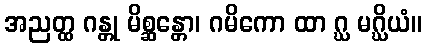
အညတ္ထ ဂန္တု မိစ္ဆန္တော၊ ဂမိကော ထာ ဂ္ဃ မဂ္ဃိယံ။